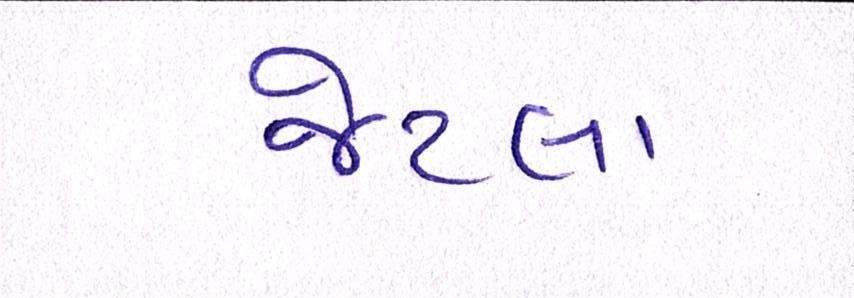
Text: જેટલા